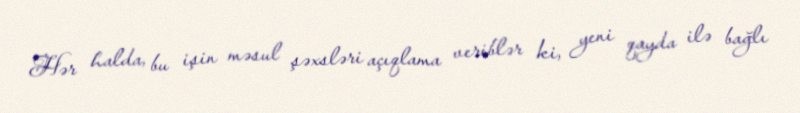
Hər halda, bu işin məsul şəxsləri açıqlama veriblər ki, yeni qayda ilə bağlı